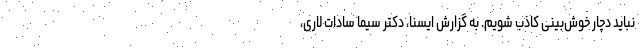
نباید دچار خوش‌بینی کاذب شویم. به گزارش ایسنا، دکتر سیما سادات لاری،